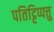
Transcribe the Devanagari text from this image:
पतिट्टिप्पत्तु